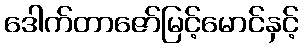
ဒေါက်တာဇော်မြင့်မောင်နှင့်